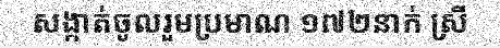
សង្កាត់ចូលរួមប្រមាណ ១៧២នាក់ ស្រី